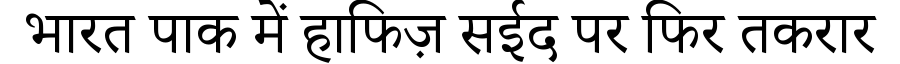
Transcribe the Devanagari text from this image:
भारत पाक में हाफिज़ सईद पर फिर तकरार